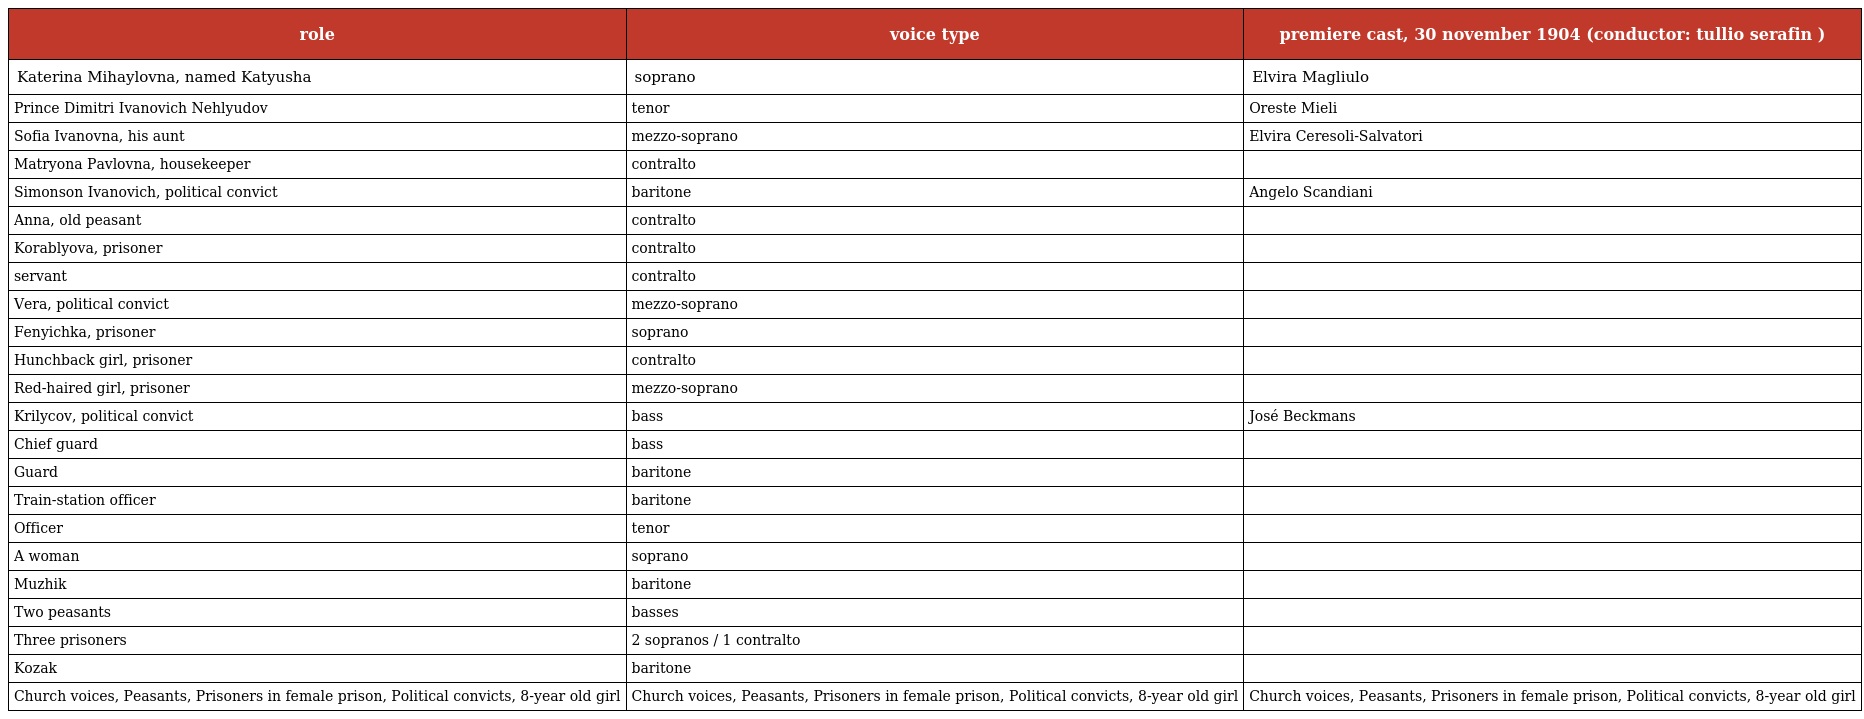
| role | voice type | premiere cast, 30 november 1904 (conductor: tullio serafin ) |
 | --- | --- | --- |
 | Katerina Mihaylovna, named Katyusha | soprano | Elvira Magliulo |
 | Prince Dimitri Ivanovich Nehlyudov | tenor | Oreste Mieli |
 | Sofia Ivanovna, his aunt | mezzo-soprano | Elvira Ceresoli-Salvatori |
 | Matryona Pavlovna, housekeeper | contralto |  |
 | Simonson Ivanovich, political convict | baritone | Angelo Scandiani |
 | Anna, old peasant | contralto |  |
 | Korablyova, prisoner | contralto |  |
 | servant | contralto |  |
 | Vera, political convict | mezzo-soprano |  |
 | Fenyichka, prisoner | soprano |  |
 | Hunchback girl, prisoner | contralto |  |
 | Red-haired girl, prisoner | mezzo-soprano |  |
 | Krilycov, political convict | bass | José Beckmans |
 | Chief guard | bass |  |
 | Guard | baritone |  |
 | Train-station officer | baritone |  |
 | Officer | tenor |  |
 | A woman | soprano |  |
 | Muzhik | baritone |  |
 | Two peasants | basses |  |
 | Three prisoners | 2 sopranos / 1 contralto |  |
 | Kozak | baritone |  |
 | Church voices, Peasants, Prisoners in female prison, Political convicts, 8-year old girl | Church voices, Peasants, Prisoners in female prison, Political convicts, 8-year old girl | Church voices, Peasants, Prisoners in female prison, Political convicts, 8-year old girl |